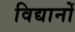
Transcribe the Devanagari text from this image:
विद्यानों